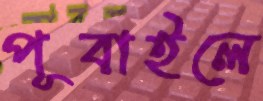
পূবাইলে